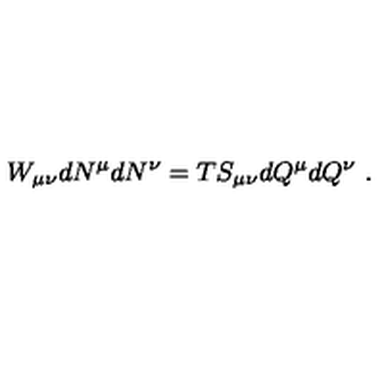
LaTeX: W _ { \mu \nu } d N ^ { \mu } d N ^ { \nu } = T S _ { \mu \nu } d Q ^ { \mu } d Q ^ { \nu } \ .